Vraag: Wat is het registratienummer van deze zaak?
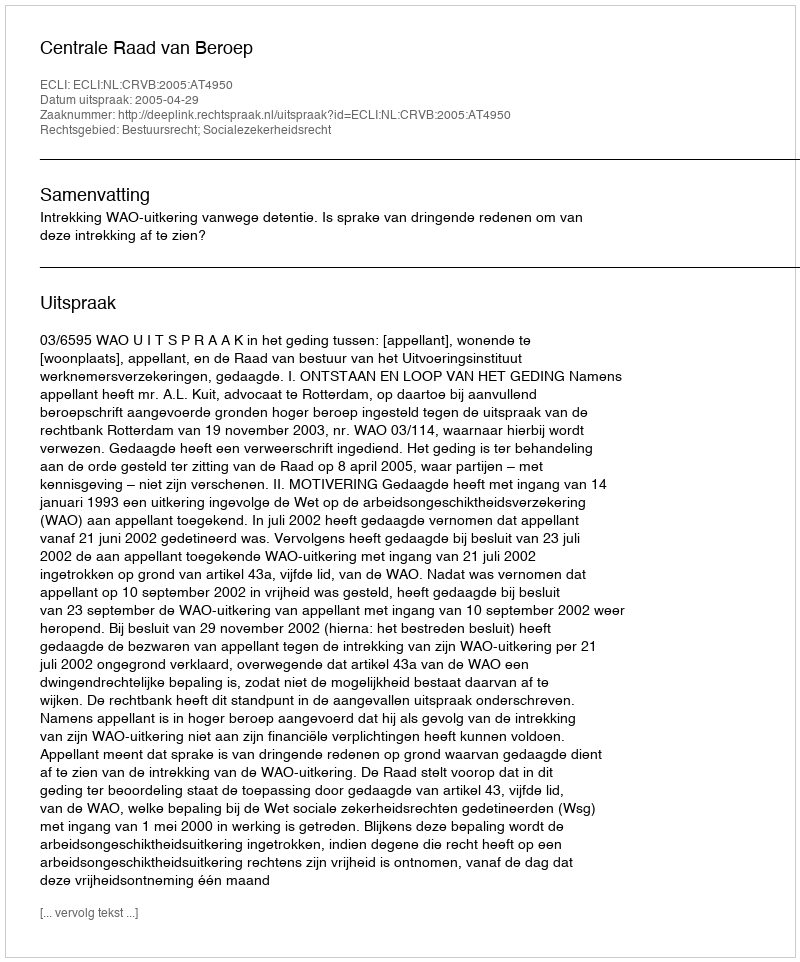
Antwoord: http://deeplink.rechtspraak.nl/uitspraak?id=ECLI:NL:CRVB:2005:AT4950